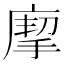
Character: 𢊏